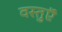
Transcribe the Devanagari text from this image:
वस्‍तुऍं